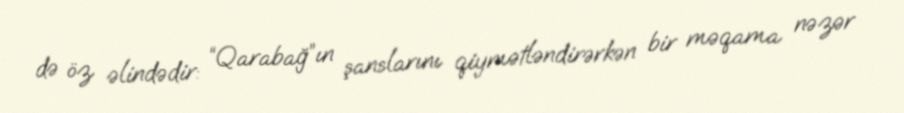
də öz əlindədir: “Qarabağ”ın şanslarını qiymətləndirərkən bir məqama nəzər